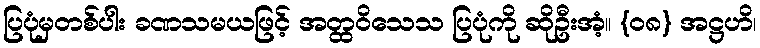
ပြပုံမှတစ်ပါး ခဏသမယဖြင့် အတ္ထဝိသေသ ပြပုံကို ဆိုဦးအံ့။ {၀၈} အဋ္ဌဟိ၊